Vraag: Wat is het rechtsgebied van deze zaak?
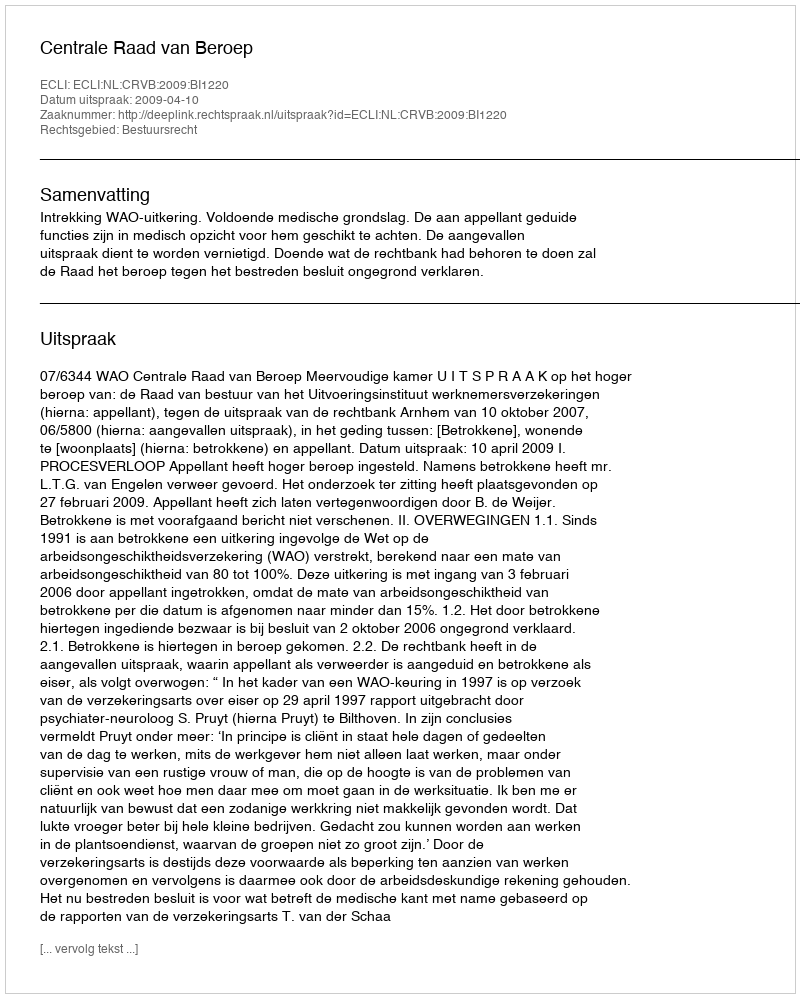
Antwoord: Bestuursrecht